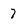
Character: 7